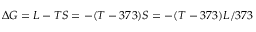
\Delta G = L - T S = - ( T - 3 7 3 ) S = - ( T - 3 7 3 ) L / 3 7 3